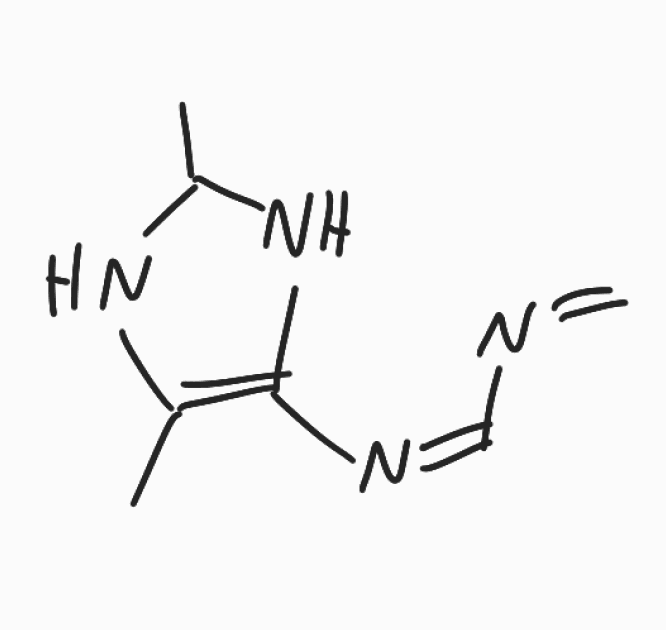
Simplified molecular-input line-entry system (SMILES) notation of the given molecule:
CC1NC(=C(N1)/N=C\N=C)C